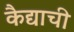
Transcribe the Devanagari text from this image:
कैद्याची